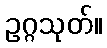
ဥဂ္ဂသုတ်။